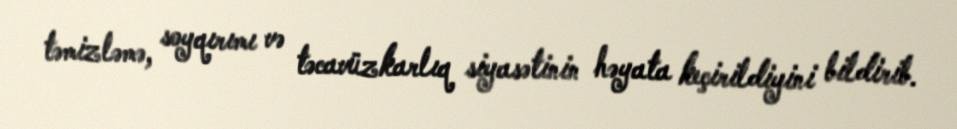
təmizləmə, soyqırımı və təcavüzkarlıq siyasətinin həyata keçirildiyini bildirib.